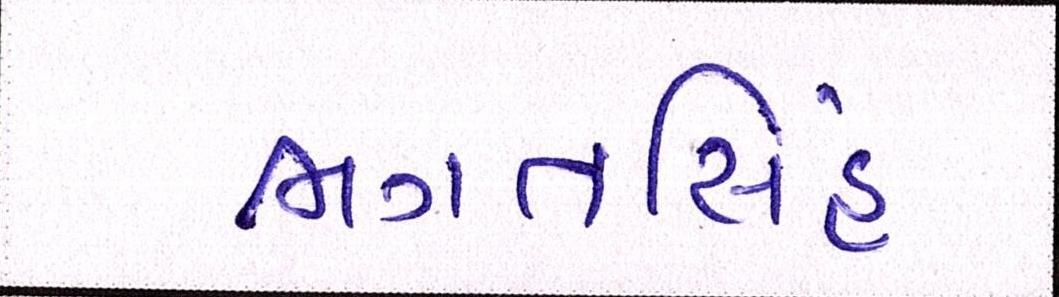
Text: ભગતસિંહ